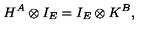
H ^ { A } \otimes I _ { E } = I _ { E } \otimes K ^ { B } ,